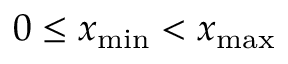
0 \leq x _ { \mathrm { m i n } } < x _ { \mathrm { m a x } }